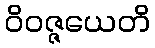
ဝိဝဇ္ဇယေတိ